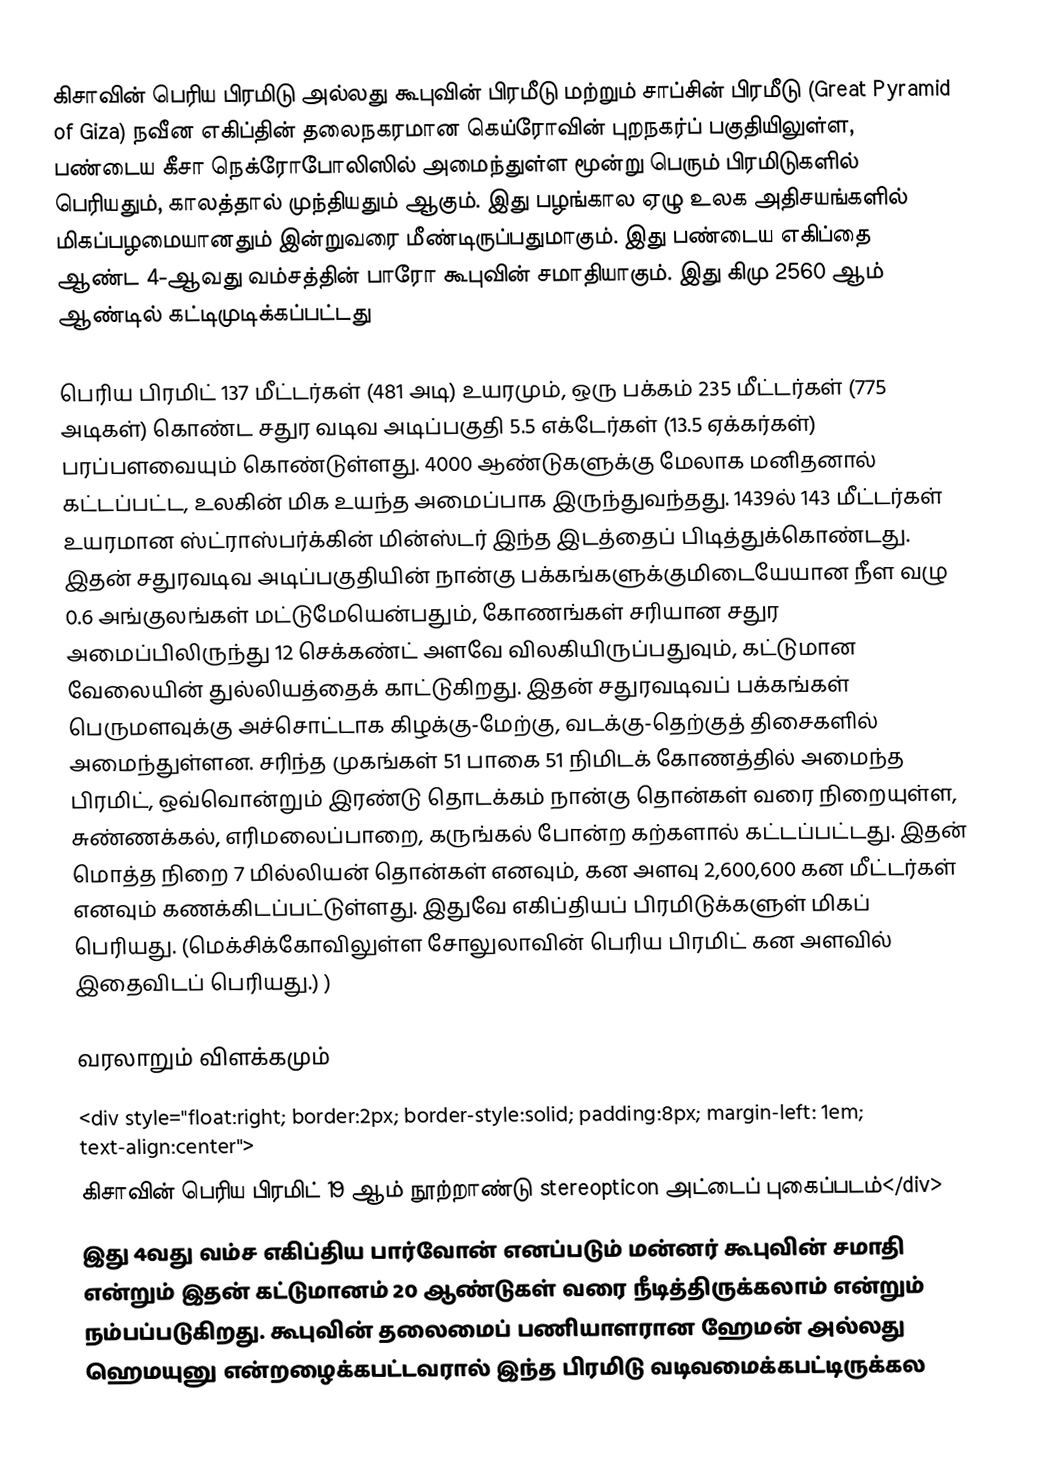
கிசாவின் பெரிய பிரமிடு அல்லது கூபுவின் பிரமீடு மற்றும் சாப்சின் பிரமீடு (Great Pyramid of Giza)  நவீன எகிப்தின் தலைநகரமான கெய்ரோவின் புறநகர்ப் பகுதியிலுள்ள, பண்டைய கீசா நெக்ரோபோலிஸில் அமைந்துள்ள மூன்று பெரும் பிரமிடுகளில் பெரியதும், காலத்தால் முந்தியதும்  ஆகும். இது பழங்கால ஏழு உலக அதிசயங்களில் மிகப்பழமையானதும் இன்றுவரை மீண்டிருப்பதுமாகும். இது பண்டைய எகிப்தை ஆண்ட  4-ஆவது வம்சத்தின்  பாரோ கூபுவின் சமாதியாகும். இது கிமு 2560 ஆம் ஆண்டில் கட்டிமுடிக்கப்பட்டது

பெரிய பிரமிட் 137 மீட்டர்கள் (481 அடி) உயரமும், ஒரு பக்கம் 235 மீட்டர்கள் (775 அடிகள்) கொண்ட சதுர வடிவ அடிப்பகுதி 5.5 எக்டேர்கள் (13.5 ஏக்கர்கள்) பரப்பளவையும் கொண்டுள்ளது. 4000 ஆண்டுகளுக்கு மேலாக மனிதனால் கட்டப்பட்ட, உலகின் மிக உயந்த அமைப்பாக இருந்துவந்தது. 1439ல் 143 மீட்டர்கள் உயரமான ஸ்ட்ராஸ்பர்க்கின் மின்ஸ்டர் இந்த இடத்தைப் பிடித்துக்கொண்டது. இதன் சதுரவடிவ அடிப்பகுதியின் நான்கு பக்கங்களுக்குமிடையேயான நீள வழு 0.6 அங்குலங்கள் மட்டுமேயென்பதும், கோணங்கள் சரியான சதுர அமைப்பிலிருந்து 12 செக்கண்ட் அளவே விலகியிருப்பதுவும், கட்டுமான வேலையின் துல்லியத்தைக் காட்டுகிறது. இதன் சதுரவடிவப் பக்கங்கள் பெருமளவுக்கு அச்சொட்டாக கிழக்கு-மேற்கு, வடக்கு-தெற்குத் திசைகளில் அமைந்துள்ளன. சரிந்த முகங்கள் 51 பாகை 51 நிமிடக் கோணத்தில் அமைந்த பிரமிட், ஒவ்வொன்றும் இரண்டு தொடக்கம் நான்கு தொன்கள் வரை நிறையுள்ள, சுண்ணக்கல், எரிமலைப்பாறை, கருங்கல் போன்ற கற்களால் கட்டப்பட்டது. இதன் மொத்த நிறை 7 மில்லியன் தொன்கள் எனவும், கன அளவு 2,600,600 கன மீட்டர்கள் எனவும் கணக்கிடப்பட்டுள்ளது. இதுவே எகிப்தியப் பிரமிடுக்களுள் மிகப் பெரியது. (மெக்சிக்கோவிலுள்ள சோலுலாவின் பெரிய பிரமிட் கன அளவில் இதைவிடப் பெரியது.) )

வரலாறும் விளக்கமும்
<div style="float:right; border:2px; border-style:solid; padding:8px; margin-left: 1em; text-align:center">
கிசாவின் பெரிய பிரமிட் 19 ஆம் நூற்றாண்டு stereopticon அட்டைப் புகைப்படம்</div>
இது 4வது வம்ச எகிப்திய பார்வோன் எனப்படும் மன்னர் கூபுவின் சமாதி என்றும் இதன் கட்டுமானம் 20 ஆண்டுகள் வரை நீடித்திருக்கலாம் என்றும் நம்பப்படுகிறது. கூபுவின் தலைமைப் பணியாளரான ஹேமன் அல்லது ஹெமயுனு என்றழைக்கபட்டவரால் இந்த பிரமிடு வடிவமைக்கபட்டிருக்கல